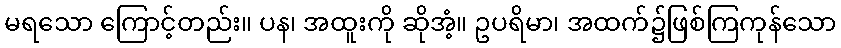
မရသော ကြောင့်တည်း။ ပန၊ အထူးကို ဆိုအံ့။ ဥပရိမာ၊ အထက်၌ဖြစ်ကြကုန်သော